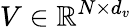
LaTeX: V\in\mathbb{R}^{N\times d_{v}}